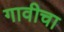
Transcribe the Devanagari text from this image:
गावीचा